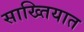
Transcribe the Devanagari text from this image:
साख्तियात